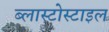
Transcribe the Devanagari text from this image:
ब्लास्टोस्टाइल